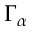
\Gamma _ { \alpha }